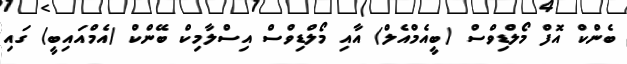
ބެންކް އޮފް މޯލްޑިވްސް (ބީއެމްއެލް) އާއި މޯލްޑިވްސް އިސްލާމިކް ބޭންކް (އެމްއައިބީ) ގައި